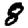
Digit: 8